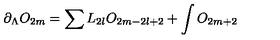
\partial _ { \Lambda } O _ { 2 m } = \sum L _ { 2 l } O _ { 2 m - 2 l + 2 } + \int O _ { 2 m + 2 }